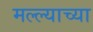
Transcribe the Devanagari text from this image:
मल्ल्याच्या